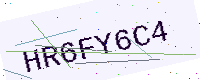
Text: HR6FY6C4